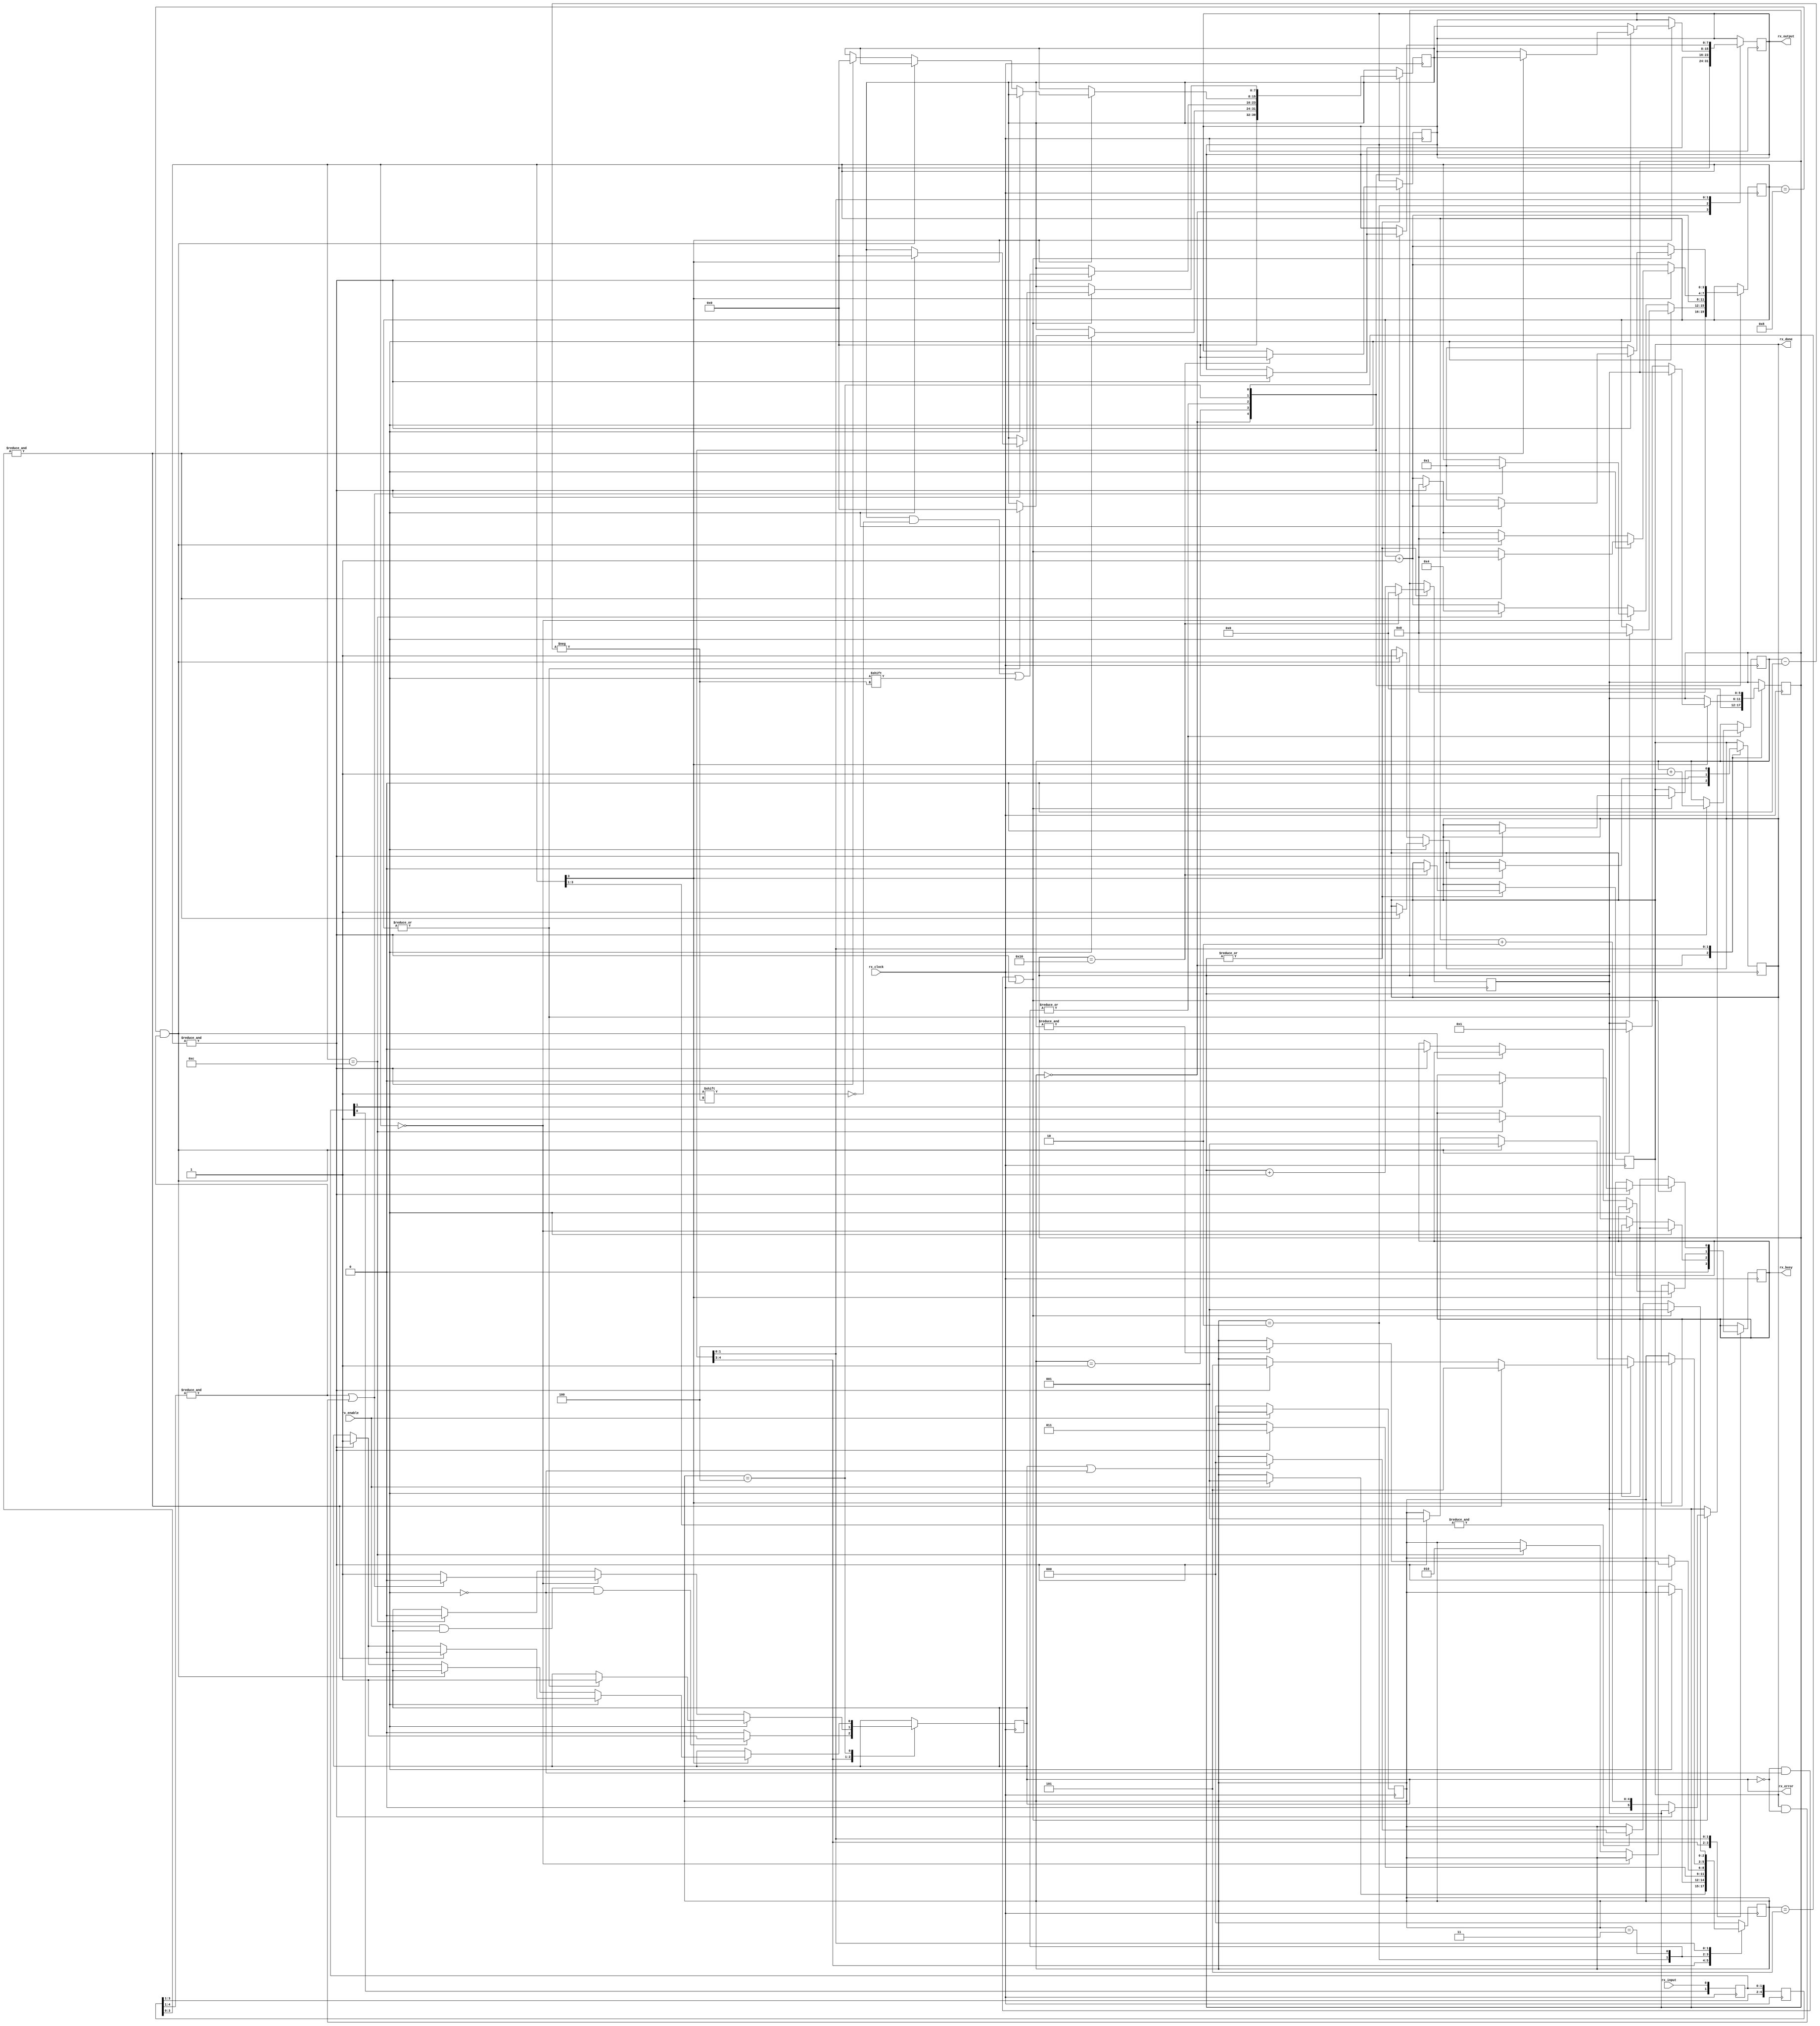
// engineer name - Deepak Sharda 
// Date - 23 jan,2024 23:36

module uart_rx ( input wire rx_input, 
                 input rx_clock,
                 input rx_enable,
                 output reg rx_done,
                 output reg rx_busy,
                 output reg rx_error,
                 output reg [7:0] rx_output );

reg [2:0] in_reg           = 2'b00 ;  // this register is used in removing metastability of input rx_input signal
reg [2:0] state            = 3'b000;// register to hold the current state value
reg [5:0] out_hold_counter = 5'b0;  // counts the amount of cycle the output should be availabe max 16
reg [4:0] in_hold_reg      = 5'b0;
reg [3:0] in_sample_count  = 4'b0000; // it holds the amount of sample that has been passed for one boud rate cycle here max is 16   
reg [7:0] rx_received_data = 8'b0;  // takes the serieal rx data as input and converts it to a parallel output 
reg [3:0] bit_index        = 3'b0; // index for 8-bit data
wire in_data ;             // this wire connects the input data after passing through in_reg 
wire [3:0] in_prior_hold_reg;  // holds the 4 prior input value
wire [3:0] in_current_hold_reg; // holds current 4 input values

// states for the receiver fsm 
parameter reset    = 3'b000,
          ideal    = 3'b001,
          start_bit= 3'b010,
          data_bit = 3'b011,
          stop_bit = 3'b100,
          ready    = 3'b101;

/* the metastabilty register takes the input data and  Double-register the incoming data: */

always @ (posedge rx_clock) begin
    in_reg <= {in_reg[0],rx_input}; // concatenatig the input data into the lsb of the input register 
end

assign in_data = in_reg[1]; // assign the msb of the regiuster to the input_data wire 

/* enable signal to reset pull it down always high signal */ 

always @(posedge rx_clock) begin
    if (!rx_enable) begin
        state <= reset;
    end
end

// holding the currnet and perious values in the wire for error checking
always@ (posedge rx_clock) begin
    in_hold_reg <= {in_hold_reg [3:1],in_data,in_reg[0]};
    
end
   assign in_prior_hold_reg   = in_hold_reg[4:1];
   assign in_current_hold_reg = in_hold_reg[3:0];

// output available counter logic output avialable for 16 cycle 
always @(posedge rx_clock) begin
    if (|out_hold_counter) begin
        out_hold_counter <= out_hold_counter +1 ;
        if (out_hold_counter == 5'b10000)begin
            out_hold_counter <= 5'b0;
            rx_done <= 1'b0;
            rx_output <= 8'b0;
        end
    end
end

// FSM - for the reading of the input data 


always @ (posedge rx_clock)begin
     case (state)
    // we will use case state to define all the stats 
    /* the first state will be the reset state this is the state you
     came back to in case of any error and all the output regestres vaules 
     are assigned zero for a fresh start */

    
        reset :begin
            in_sample_count <= 4'b0000; 
            out_hold_counter <= 5'b00000;
            rx_received_data <= 8'b0;

            rx_busy <= 1'b0;
            rx_done <= 1'b0;

            // checking for error condition 
            /* if enable is high and error is high and in data is low 
            signifies that we are in error condition alredy do we should leave
            as it is*/ 

            if(rx_enable && rx_error && ! in_data) begin
                rx_error <= 1'b1;
            end
            else begin
                rx_error <= 1'b0;
            end
               rx_output <= 8'b0;
               if(rx_enable) begin
                state <= ideal ;
                end
        end // end of reset state

        ideal : begin
            /* this state is for the ideal start of the uart line that is when
             there is no data communication this state moves to start_bit state as 
             soon as it detects a low start bit for 16 sample cycle */

             if(!in_data)begin // start if a low bit is detected
              if(in_sample_count == 4'b0)begin // this signal checks if the low is getting detected for the first time 
                if(&in_prior_hold_reg||rx_done && !rx_error)begin 
                    /* this function checks if the all prior bits are high that is 
                    condition for stop bit and done bit is high ie that the previous comunication is done 
                    and there is no error this shows that a new communication is starting */

                    in_sample_count <=4'b1;
                    rx_error <= 1'b0;
                    
                end
                else begin
                    //this is not a start bit false alarm
                    rx_error <= 1'b1;
                end
              end
                else begin
                    in_sample_count <= in_sample_count + 4'b1;
                    // if not detected for the first time increase the sample count by 1
                    if(in_sample_count == 4'b1100)begin
                        in_sample_count <= 4'b0100; // make the clock value as for becoze we have counted till 
                        // 12 and we gone 4 bits extra in the next bit sample so we are kicking thr counter as 4 
                        rx_busy <= 1'b1;
                        rx_error <= 1'b0;
                        state <= start_bit; // move to start bit becouse we have detected input signal 
                    end
              end   
             end
             else if (|in_sample_count) begin
                /* this block is to clear all the counter if the start bit was a false alarm*/ 
                in_sample_count <= 4'b0;
                rx_received_data <=8'b0;
                rx_error <= 1'b1;
             end
        end

        start_bit : begin
            /* this bit even tho named as start bit it detects the first data bit 
            so it offically the first bit of the lsb of the data 
            ****** furture changes needs to be done and this state to be mearged with the 
            data _bit state ***** */
            in_sample_count <= in_sample_count + 4'b1;

            /* the counter was alredy at 4 from the last state  so when it reaches the 1111 it is in the 
            middle of the first data bit ie at 8 cycles */

            if(& in_sample_count) begin
                rx_received_data [bit_index] <= in_data; // writting the input to the 0 bit -- lsb 
                bit_index <= bit_index + 3'b1; // increaseing the bit values by one 
                rx_output <= 8'b0;
                state <= data_bit;
            end
        end

        data_bit : begin
            /* this state reads the remaing 7 bits and outputs them*/

            in_sample_count <= in_sample_count + 4'b1; 
            if(&in_sample_count) begin // the sample has reached mid of bit 2 and so on for 3,4,..,8
             rx_received_data[bit_index] <= in_data; // dyanamically saving data correspoint to its index
             bit_index <= bit_index + 3'b1; 
             // this opration will be repeated for 7 times

             if(&bit_index)begin
                // we have reached the 8 bit
                state <= stop_bit; // moving in for the stop bit
             end  
            end
        end

        stop_bit : begin

            in_sample_count <= in_sample_count + 4'b1; 

            if(in_sample_count[3])begin // ****
                // the sample count has reaches anywhere between 8 to 15
                if(!in_data) begin
                    rx_output <= rx_received_data;
                // the next start bits is received as soon as the stop bit is sent
                // so this block takes care of that case
                    if (in_sample_count == 4'b1000 && &in_prior_hold_reg) begin
                        //this statement states that only if the 16 cycle of the stop bit has pased and 
                        // all the last 4 bit were high ie its a true stop bit

                        in_sample_count <=4'b0;
                        out_hold_counter <= 5'b1;
                        rx_done <=1'b1;
                        state <= ideal;
                    end
                    
                    else if (&in_sample_count) begin
                        // has reached 16 but the start bit didnot start
                        // it is a error condition

                        in_sample_count <= 4'b0;
                        rx_busy <= 1'b0;
                        rx_error <= 1'b1;
                        rx_received_data <= 8'b0;
                        state <= ideal;
                    end
                end
                else begin
                    if (& in_current_hold_reg) begin
                        // all the last 4 bits received where 1 that is stop bit received

                        in_sample_count <= 4'b0;
                        rx_done <= 1'b1;
                        rx_error <= 1'b0;
                        rx_output <= rx_received_data;
                        state <= ready; // state defined below     
                    end
                    else if (&in_sample_count) begin
                        // 16 sample are completed but stop bit has arrived false stop --error
                        in_sample_count <= 4'b0;
                        rx_error <= 1'b1;
                        state <= ready; // state defined below
                    end
                end 
            
            end 
        end

        ready : begin
            in_sample_count <= in_sample_count + 4'b1; 

            if (!rx_error && !in_data || &in_sample_count) begin
                // to check if this is a start bit 

                if (&in_sample_count) begin
                    // has ready 15 that is one boud cycle or 16 samples

                    if(in_data)begin
                        // if the input data is high ie it was not a start bit 
                        // should move to ideal condition 

                        rx_busy <= 1'b0;
                        rx_received_data <= 8'b0;

                        //waiting start bit to show up 
                    end
                    else begin
                        // in_data is low maybe a start bit we must confirm 

                        in_sample_count <= 4'b1; 
                    end
                    rx_done <= 1'b0;
                    rx_output <= 8'b0;
                    state <= ideal; 
                    // moving eveything to ideal and waiting for new start bit to show up 
                end
                else begin
                    in_sample_count <= 4'b1;
                    out_hold_counter <=  in_sample_count+ 5'b00010;
                    state <= ideal;

                end
            end
            else if (&in_sample_count[3:1]) begin
                // the sample counter is between 111x ie 14 or15 we will use the mext cycle to move 
                // to the reset state 

                if (rx_error || !in_data) begin
                    state <= reset;
                    // its a error condition 
                end
            end
        end
        default: begin
            state <= reset; 
        end
     endcase
end // end fsm always block 
endmodule